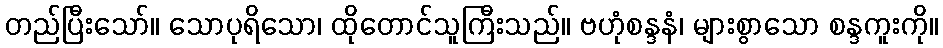
တည်ပြီးသော်။ သောပုရိသော၊ ထိုတောင်သူကြီးသည်။ ဗဟုံစန္ဒနံ၊ များစွာသော စန္ဒကူးကို။